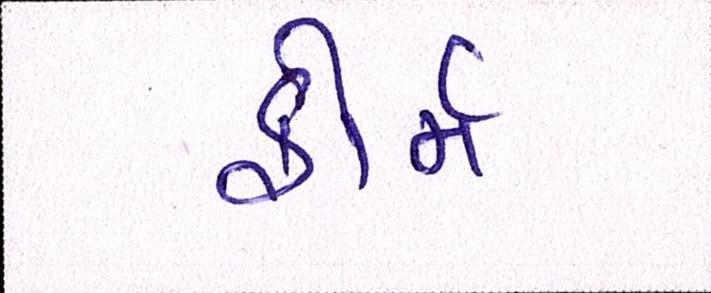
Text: ફોર્મ